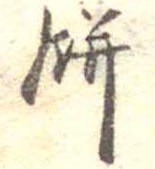
餅